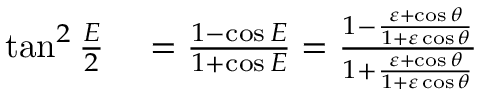
\begin{array} { r l } { \tan ^ { 2 } { \frac { E } { 2 } } } & { { } = { \frac { 1 - \cos E } { 1 + \cos E } } = { \frac { 1 - { \frac { \varepsilon + \cos \theta } { 1 + \varepsilon \cos \theta } } } { 1 + { \frac { \varepsilon + \cos \theta } { 1 + \varepsilon \cos \theta } } } } } \end{array}